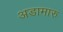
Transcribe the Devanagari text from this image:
अडामारु